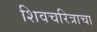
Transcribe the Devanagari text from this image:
शिवचरित्राचा